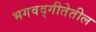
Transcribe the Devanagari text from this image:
भगवद्गीतेतील